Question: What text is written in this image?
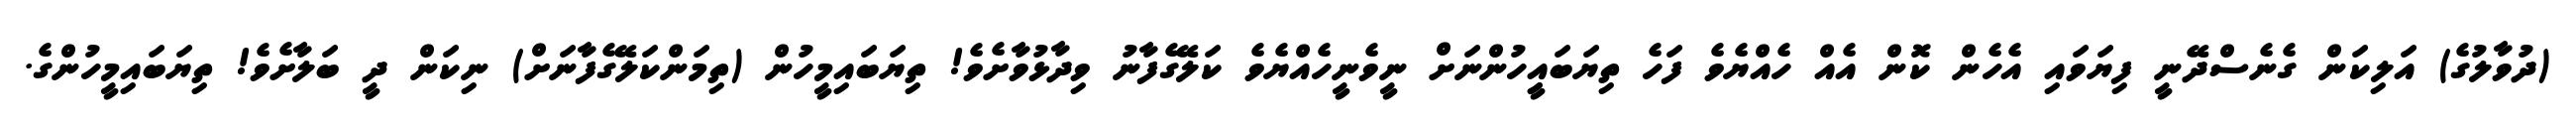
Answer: (ދުވާލުގެ) އަލިކަން ގެނެސްދޭނީ ފިޔަވައި އެހެން ކޮން އެއް ހެއްޔެވެ ފަހެ ތިޔަބައިީހުންނަށް ނީވެނީހެއްޔެވެ ކަލޭގެފާނު ވިދާޅުވާށެވެ! ތިޔަބައިމީހުން (ތިމަންކަލޭގެފާނަށް) ނިކަން ދީ ބަލާށެވެ! ތިޔަބައިމީހުންގެ.